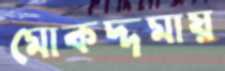
মোকদ্দমায়